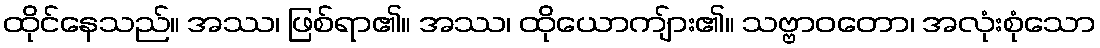
ထိုင်နေသည်။ အဿ၊ ဖြစ်ရာ၏။ အဿ၊ ထိုယောကျ်ား၏။ သဗ္ဗာဝတော၊ အလုံးစုံသော